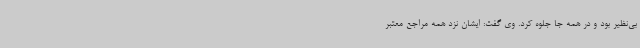
بی‌نظیر بود و در همه جا جلوه کرد. وی گفت: ایشان نزد همه مراجع معتبر